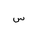
Letter: _sin